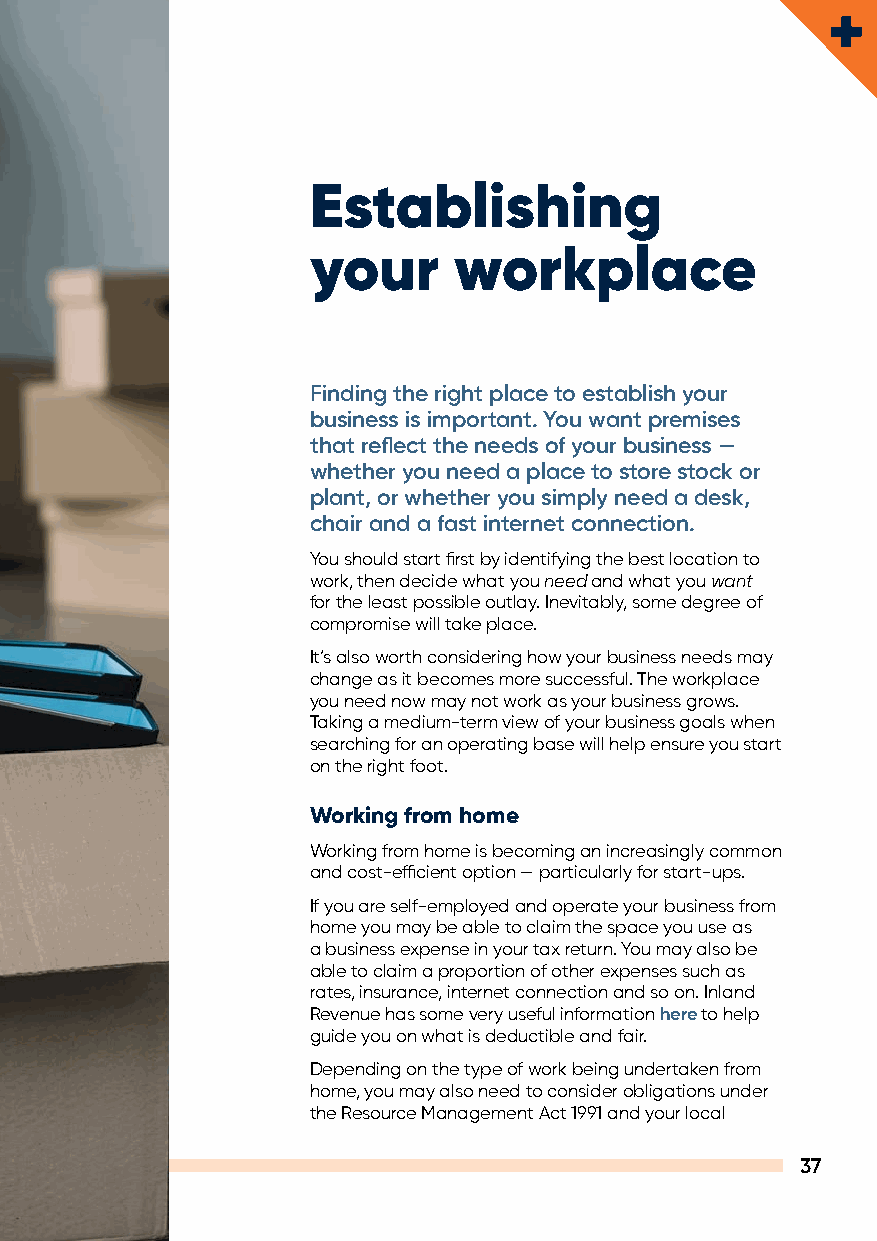
Establishing
 your     workplace
 Finding the right place to establish your
 business is important. You want premises
 that reflect the needs of your business —
 whether you need a place to store stock or
 plant, or whether you simply need a desk,
 chair and a fast internet connection.
 You should start first by identifying the best location to
 work, then decide what you need and what you want
 for the least possible outlay. Inevitably, some degree of
 compromise will take place.
 It’s also worth considering how your business needs may
 change as it becomes more successful. The workplace
 you need now may not work as your business grows.
 Taking a medium-term view of your business goals when
 searching for an operating base will help ensure you start
 on the right foot.
 Working from home
 Working from home is becoming an increasingly common
 and cost-efficient option — particularly for start-ups.
 If you are self-employed and operate your business from
 home you may be able to claim the space you use as
 a business expense in your tax return. You may also be
 able to claim a proportion of other expenses such as
 rates, insurance, internet connection and so on. Inland
 Revenue has some very useful information here to help
 guide you on what is deductible and fair.
 Depending on the type of work being undertaken from
 home, you may also need to consider obligations under
 the Resource Management Act 1991 and your local
 37